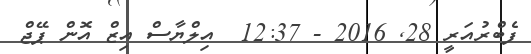
ފެބްރުއަރީ 28